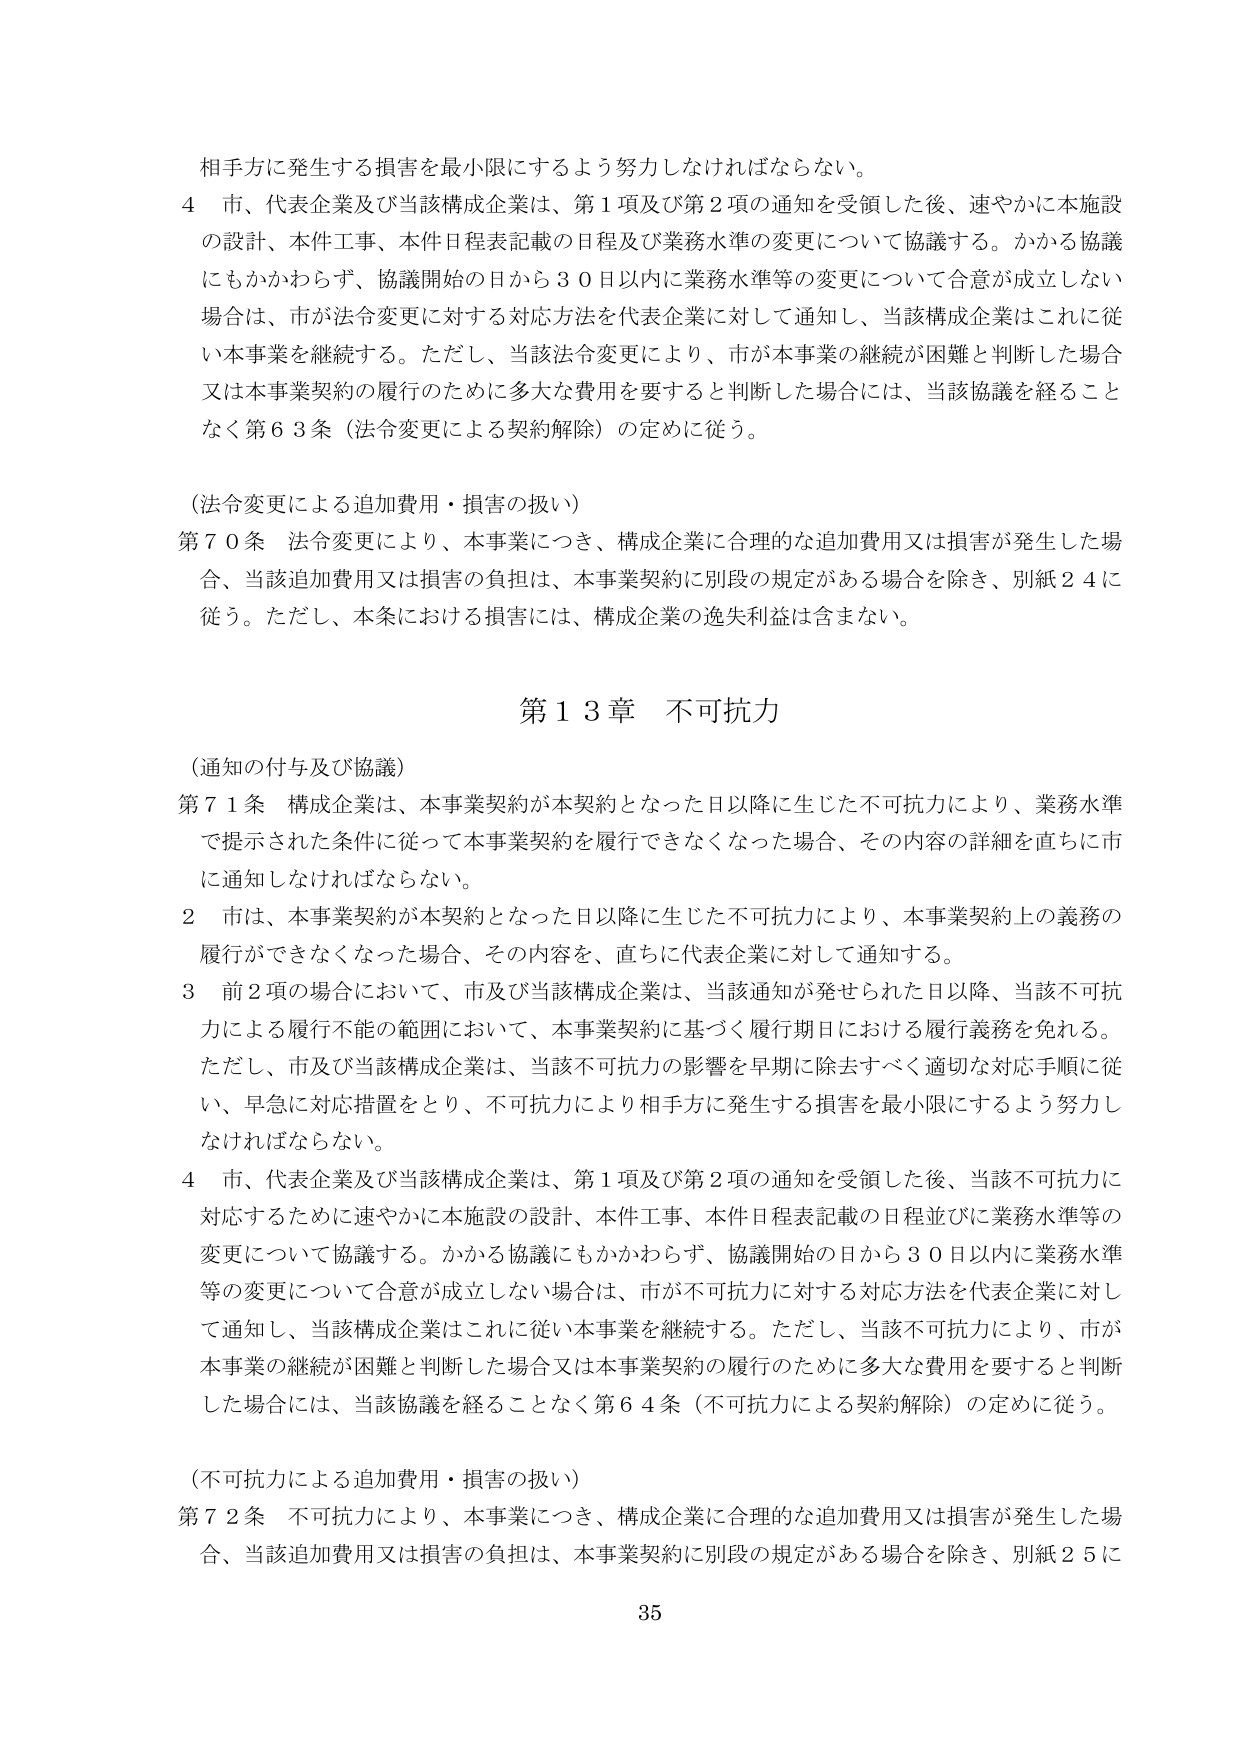
相手方に発生する損害を最小限にするよう努力しなければならない。

４ 市、代表企業及び当該構成企業は、第１項及び第２項の通知を受領した後、速やかに本施設の設計、本件工事、本件日程表記載の日程及び業務水準の変更について協議する。かかる協議にもかかわらず、協議開始の日から３０日以内に業務水準等の変更について合意が成立しない場合は、市が法令変更に対する対応方法を代表企業に対して通知し、当該構成企業はこれに従い本事業を継続する。ただし、当該法令変更により、市が本事業の継続が困難と判断した場合又は本事業契約の履行のために多大な費用を要すると判断した場合には、当該協議を経ることなく第６３条（法令変更による契約解除）の定めに従う。

（法令変更による追加費用・損害の扱い）

第７０条 法令変更により、本事業につき、構成企業に合理的な追加費用又は損害が発生した場合、当該追加費用又は損害の負担は、本事業契約に別段の規定がある場合を除き、別紙２４に従う。ただし、本条における損害には、構成企業の逸失利益は含まない。

第１３章 不可抗力

（通知の付与及び協議）

第７１条 構成企業は、本事業契約が本契約となった日以降に生じた不可抗力により、業務水準で提示された条件に従って本事業契約を履行できなくなった場合、その内容の詳細を直ちに市に通知しなければならない。

２ 市は、本事業契約が本契約となった日以降に生じた不可抗力により、本事業契約上の義務の履行ができなくなった場合、その内容を、直ちに代表企業に対して通知する。

３ 前２項の場合において、市及び当該構成企業は、当該通知が発せられた日以降、当該不可抗力による履行不能の範囲において、本事業契約に基づく履行期日における履行義務を免れる。ただし、市及び当該構成企業は、当該不可抗力の影響を早期に除去すべく適切な対応手順に従い、早急に対応措置をとり、不可抗力により相手方に発生する損害を最小限にするよう努力しなければならない。

４ 市、代表企業及び当該構成企業は、第１項及び第２項の通知を受領した後、当該不可抗力に対応するために速やかに本施設の設計、本件工事、本件日程表記載の日程並びに業務水準等の変更について協議する。かかる協議にもかかわらず、協議開始の日から３０日以内に業務水準等の変更について合意が成立しない場合は、市が不可抗力に対する対応方法を代表企業に対して通知し、当該構成企業はこれに従い本事業を継続する。ただし、当該不可抗力により、市が本事業の継続が困難と判断した場合又は本事業契約の履行のために多大な費用を要すると判断した場合には、当該協議を経ることなく第６４条（不可抗力による契約解除）の定めに従う。

（不可抗力による追加費用・損害の扱い）

第７２条 不可抗力により、本事業につき、構成企業に合理的な追加費用又は損害が発生した場合、当該追加費用又は損害の負担は、本事業契約に別段の規定がある場合を除き、別紙２５に

35